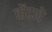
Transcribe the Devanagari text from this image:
केंटने